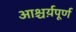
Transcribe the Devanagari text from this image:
आश्चर्य़पूर्ण